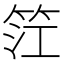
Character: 𥬮